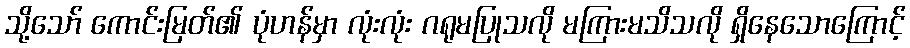
သို့သော် ကောင်းမြတ်၏ ပုံဟန်မှာ လုံးလုံး ဂရုမပြုသလို မကြားမသိသလို ရှိနေသောကြောင့်